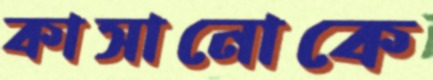
কাসানোকে